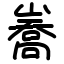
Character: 㠐